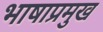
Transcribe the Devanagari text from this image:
भाषाप्रमुख